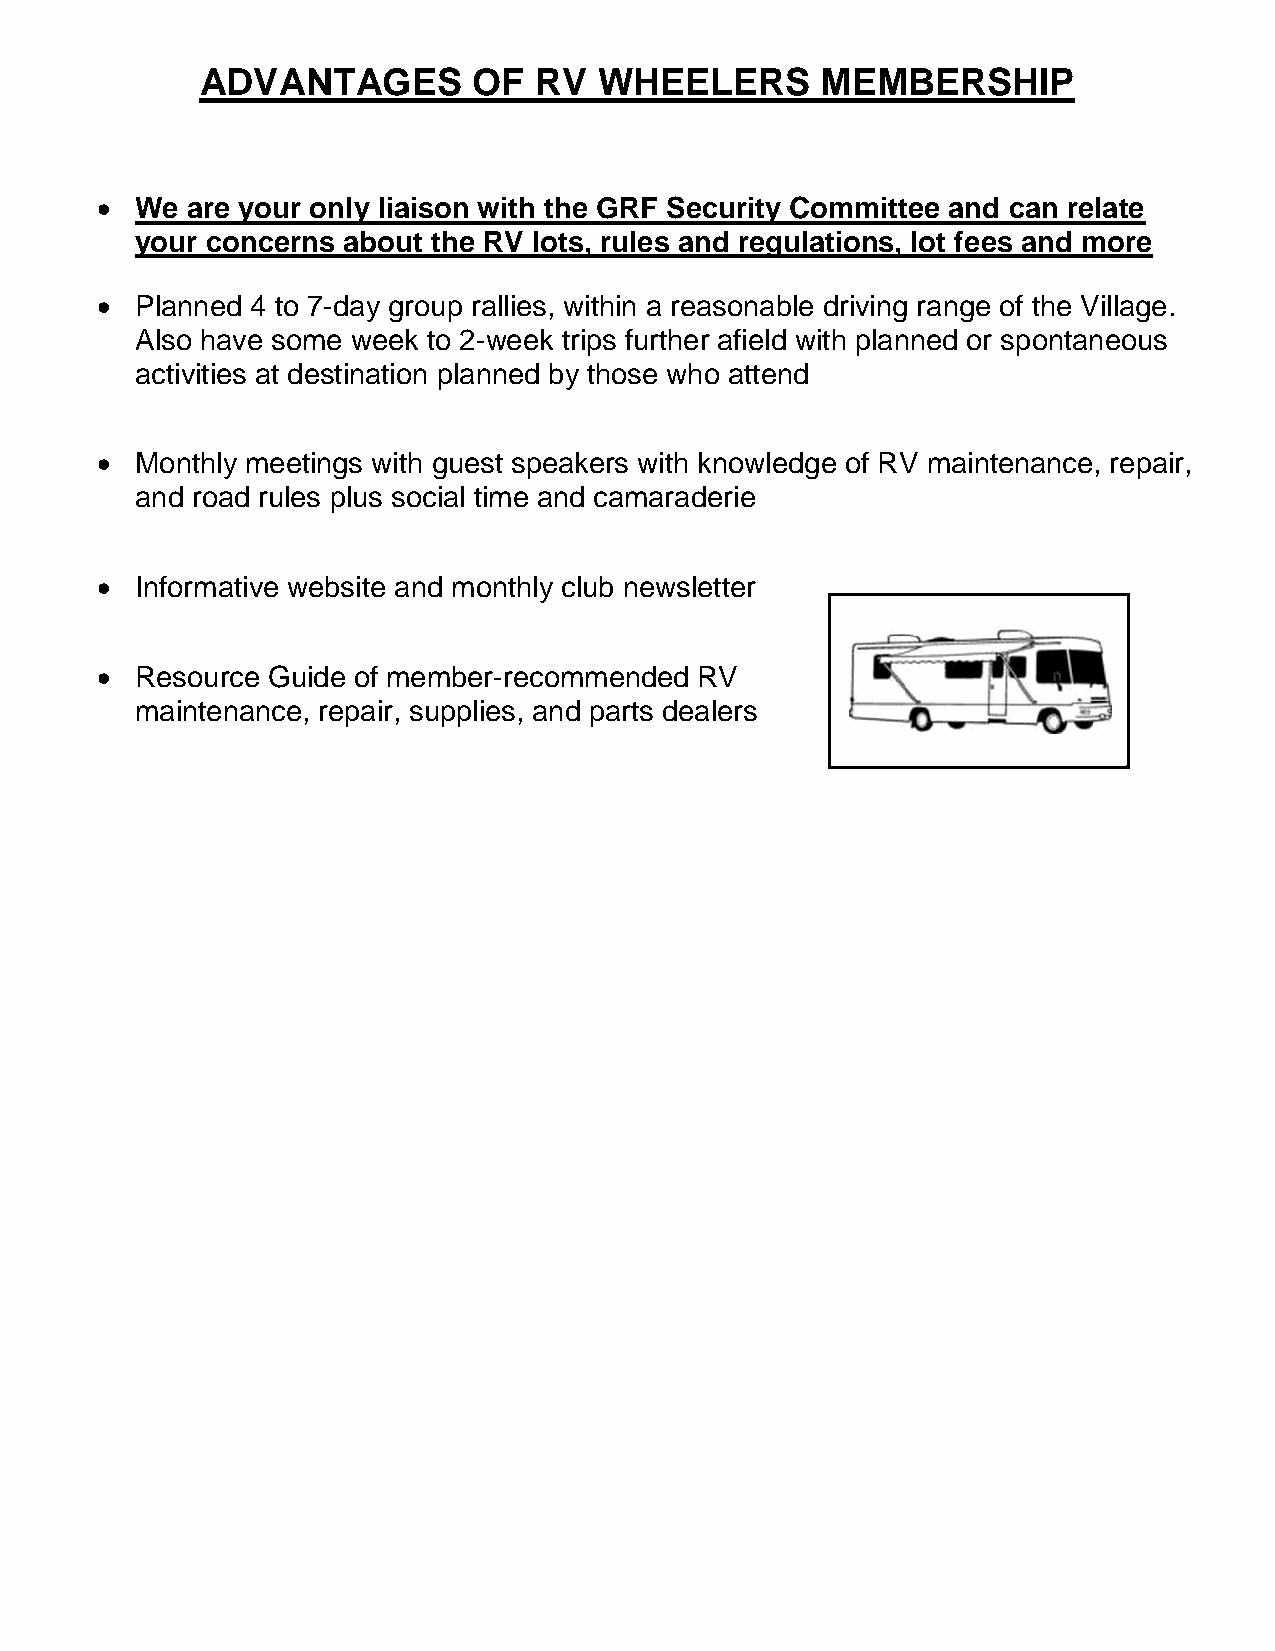
ADVANTAGES        OF  RV   WHEELERS      MEMBERSHIP
   We are your only liaison with the GRF Security Committee and can relate
 your concerns about the RV lots, rules and regulations, lot fees and more
   Planned 4 to 7-day group rallies, within a reasonable driving range of the Village.
 Also have some week to 2-week trips further afield with planned or spontaneous
 activities at destination planned by those who attend
   Monthly meetings with guest speakers with knowledge of RV maintenance, repair,
 and road rules plus social time and camaraderie
   Informative website and monthly club newsletter
   Resource Guide of member-recommended RV
 maintenance, repair, supplies, and parts dealers